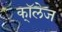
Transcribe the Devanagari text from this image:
कॉ्लेज